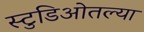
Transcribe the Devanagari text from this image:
स्टुडिओतल्या